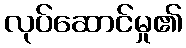
လုပ်ဆောင်မှု၏